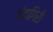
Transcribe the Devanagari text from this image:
चंदागिरी